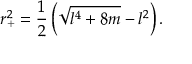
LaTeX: r _ { + } ^ { 2 } = \frac { 1 } { 2 } \left( \sqrt { l ^ { 4 } + 8 m } - l ^ { 2 } \right) .